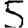
Digit: 5